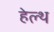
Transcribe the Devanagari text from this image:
हेल्‍थ